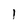
Character: l